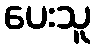
ပေးသူ